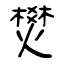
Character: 燓